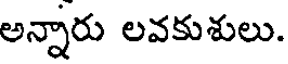
అన్నారు లవకుశులు.